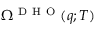
\Omega ^ { \mathrm { ~ D ~ H ~ O ~ } } ( q ; T )